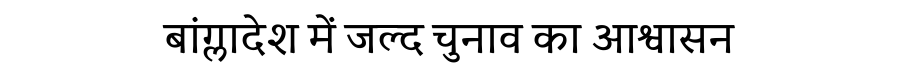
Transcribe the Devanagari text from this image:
बांग्लादेश में जल्द चुनाव का आश्वासन